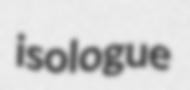
isologue